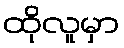
ထိုလူမှာ